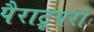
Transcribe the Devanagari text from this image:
पैराट्रूपरों